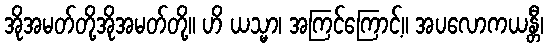
အိုအမတ်တို့အိုအမတ်တို့။ ဟိ ယသ္မာ၊ အကြင်ကြောင့်။ အပလောကယန္တီ၊